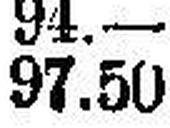
97.50